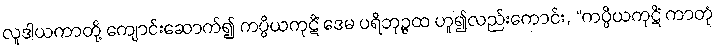
လူဒါယကာတို့ ကျောင်းဆောက်၍ ကပ္ပိယကုဋိံ ဒေမ ပရိဘုဉ္ဇထ ဟူ၍လည်းကောင်း, “ကပ္ပိယကုဋိံ ကာတုံ